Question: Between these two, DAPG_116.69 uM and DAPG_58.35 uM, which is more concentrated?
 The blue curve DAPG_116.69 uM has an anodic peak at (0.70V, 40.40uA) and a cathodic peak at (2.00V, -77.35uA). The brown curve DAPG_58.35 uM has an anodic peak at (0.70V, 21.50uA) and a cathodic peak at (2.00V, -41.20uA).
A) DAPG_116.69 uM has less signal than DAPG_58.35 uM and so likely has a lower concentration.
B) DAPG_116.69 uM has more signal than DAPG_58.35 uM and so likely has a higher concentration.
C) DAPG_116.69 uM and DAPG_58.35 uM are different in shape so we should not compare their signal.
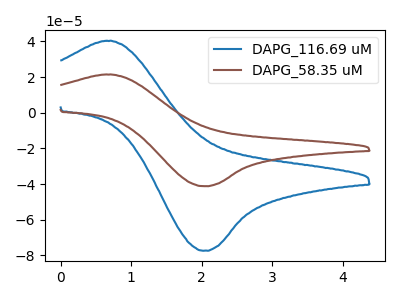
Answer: <think>All the peaks in "DAPG_116.69 uM" have a peak in "DAPG_58.35 uM" at the same potential. Every peak in "DAPG_116.69 uM" is higher than every peak in "DAPG_58.35 uM".
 </think>
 <answer>B) "DAPG_116.69 uM" has more signal than "DAPG_58.35 uM" and so likely has a higher concentration.</answer>
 <eval>B</eval>